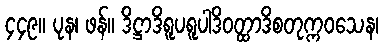
၄၄၉။ ပုန၊ ဖန်။ ဒိဋ္ဌာဒိရူပရူပါဒိဝတ္ထာဒိစတုက္ကဝသေန၊